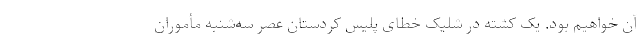
آن خواهیم بود. یک کشته در شلیک خطای پلیس کردستان عصر سه‌شنبه مأموران